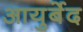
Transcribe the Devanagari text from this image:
आयुर्बेद